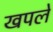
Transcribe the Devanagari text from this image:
खपले